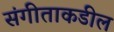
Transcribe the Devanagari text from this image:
संगीताकडील